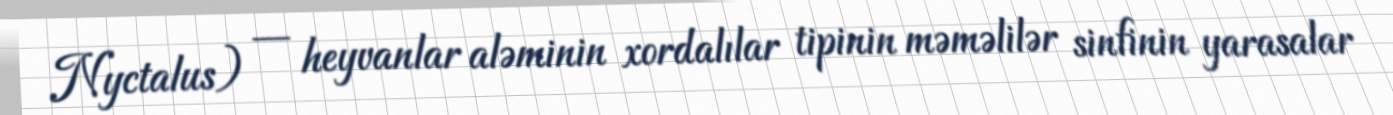
Nyctalus) — heyvanlar aləminin xordalılar tipinin məməlilər sinfinin yarasalar